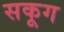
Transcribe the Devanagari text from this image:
सकूग